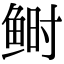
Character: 鲥